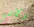
وكأنني